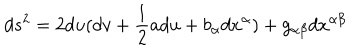
LaTeX: d s ^ { 2 } = 2 d u ( d v + \frac { 1 } { 2 } a d u + b _ { \alpha } d x ^ { \alpha } ) + g _ { \alpha \beta } d x ^ { \alpha \beta }